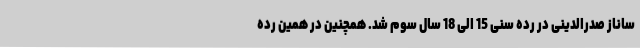
ساناز صدرالدینی در رده سنی 15 الی 18 سال سوم شد. همچنین در همین رده